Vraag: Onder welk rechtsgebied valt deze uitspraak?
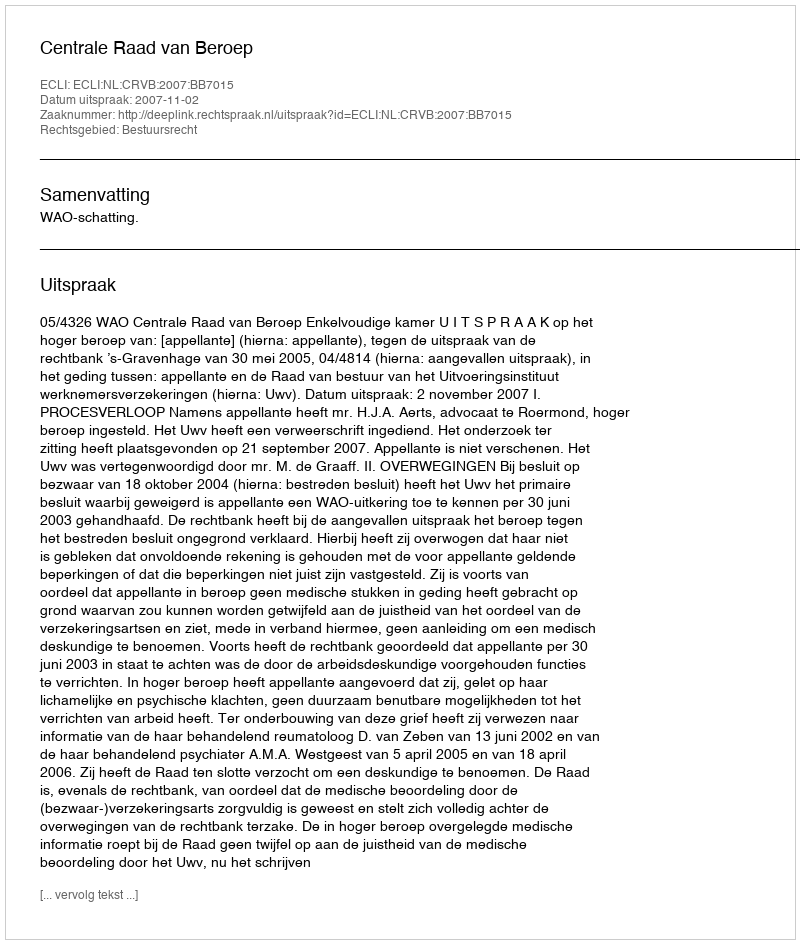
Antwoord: Bestuursrecht